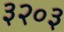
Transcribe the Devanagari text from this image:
३२०३